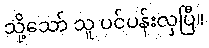
သို့သော် သူ ပင်ပန်းလှပြီ။